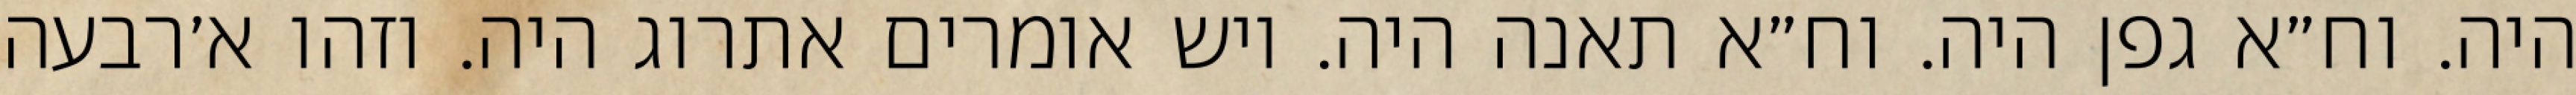
היה. וח״א גפן היה. וח״א תאנה היה. ויש אומרים אתרוג היה. וזהו א׳רבעה